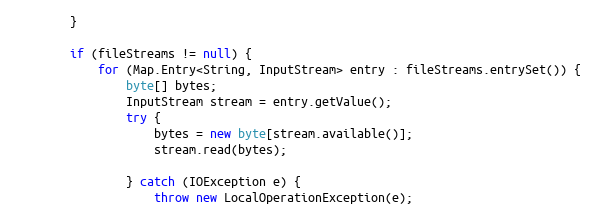
Language: Java
        }

        if (fileStreams != null) {
            for (Map.Entry<String, InputStream> entry : fileStreams.entrySet()) {
                byte[] bytes;
                InputStream stream = entry.getValue();
                try {
                    bytes = new byte[stream.available()];
                    stream.read(bytes);

                } catch (IOException e) {
                    throw new LocalOperationException(e);